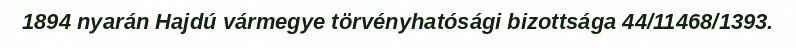
1894 nyarán Hajdú vármegye törvényhatósági bizottsága 44/11468/1393.